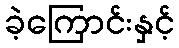
ခဲ့ကြောင်းနှင့်